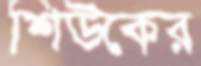
শিউকের